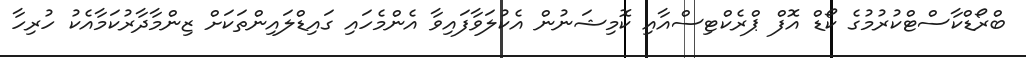
ބްރޯޑްކާސްޓްކުރުމުގެ ކޯޑް އޮފް ޕްރެކްޓިސްއާއި ކޮމިޝަނުން އެކުލަވާފައިވާ އެންމެހައި ގައިޑްލައިންތަކަށް ޒިންމާދާރުކަމާއެކު ހުރިހާ